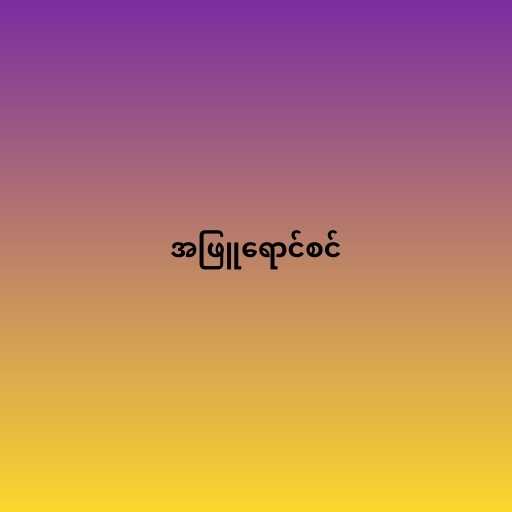
အဖြူရောင်စင်